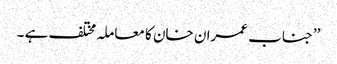
’’جناب عمران خان کا معاملہ مختلف ہے ۔